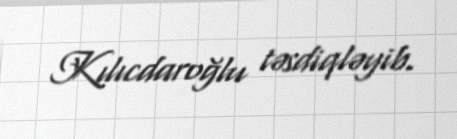
Kılıcdaroğlu təsdiqləyib.